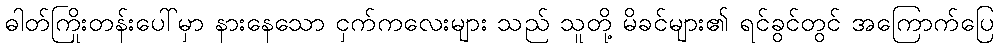
ဓါတ်ကြိုးတန်းပေါ်မှာ နားနေသော ငှက်ကလေးများ သည် သူတို့ မိခင်များ၏ ရင်ခွင်တွင် အကြောက်ပြေ